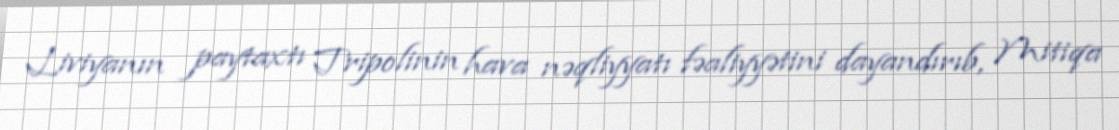
Liviyanın paytaxtı Tripolinin hava nəqliyyatı fəaliyyətini dayandırıb, Mitiqa